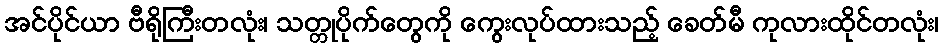
အင်ပိုင်ယာ ဗီရိုကြီးတလုံး၊ သတ္တုပိုက်တွေကို ကွေးလုပ်ထားသည့် ခေတ်မီ ကုလားထိုင်တလုံး၊